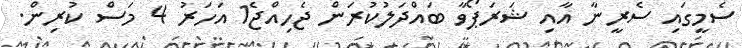
ސެމީގައި ސެރީނާ އާއި ޝަރަޕޯވާ ބައްދަލުކުރަން ޖެހިއްޖެ1 އަހަރު 4 މަސް ކުރިން.